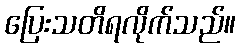
ပြေးသတိရလိုက်သည်။